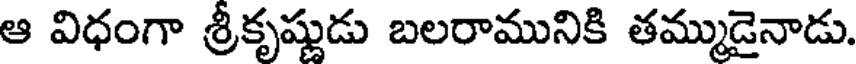
ఆ విధంగా శ్రీకృష్ణుడు బలరామునికి తమ్ముడైనాడు.